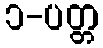
၁-ပတ္တ